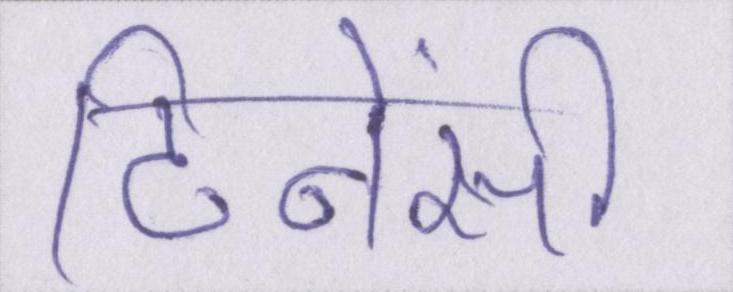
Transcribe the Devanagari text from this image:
टिनेंसी